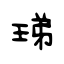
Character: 珶